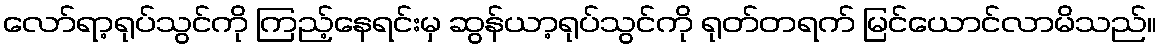
လော်ရာ့ရုပ်သွင်ကို ကြည့်နေရင်းမှ ဆွန်ယာ့ရုပ်သွင်ကို ရုတ်တရက် မြင်ယောင်လာမိသည်။